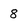
Character: 8